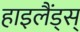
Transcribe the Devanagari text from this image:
हाइलैंड्स्